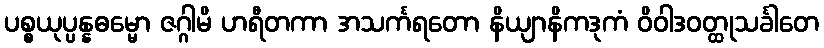
ပစ္စယုပ္ပန္နဓမ္မော ဇဂ္ဂါမိ ဟရီတကာ အသင်္ကရတော နိယျာနိကဒုကံ ဝိဝါဒဝတ္ထုသင်္ခါတေ